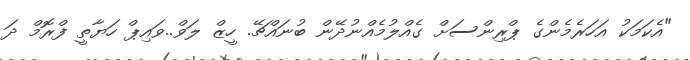
"އެކަމަކު އަހަރެމެންގެ ޕްރިންސަށް ގެއްލުމެއްނުދޭން ބުނައްޗޭ. ހީޒް ލަވް..ވައިޕް ހަޔާތީ ފްރޮމް ދަ